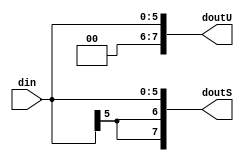
`timescale 1ns / 1ps
//////////////////////////////////////////////////////////////////////////////////
// Company: Faculty of Electronics, Telecommunications and Information Technology of Iasi
// 
// Design Name: 
// Module Name: EXT
// Project Name: 
// Target Devices: 
// Tool Versions: 
// Description: 
//
// Dependencies: 
// Additional Comments:
// 
//////////////////////////////////////////////////////////////////////////////////


module EXT (
	input [5:0] din,
	output reg [7:0]  doutU,
	output reg [7:0]  doutS
	);
	
	always @ (din) begin
		doutU <= {2'b0,din};
		doutS <= {{2{din[5]}},din};
	end
endmodule